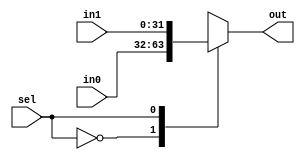
`timescale 1ns / 1ps
//////////////////////////////////////////////////////////////////////////////////
// Company: 
// Engineer: 
// 
// Design Name: 
// Module Name: MUX_1b
// Project Name: 
// Target Devices: 
// Tool Versions: 
// Description: 
// 
// Dependencies: 
// 
// Revision:
// Revision 0.01 - File Created
// Additional Comments:
// 
//////////////////////////////////////////////////////////////////////////////////


//1b-SELECT MUX (SIGNED)
module MUX_1b #(parameter WL=32)
(input signed[WL-1:0] in0, in1, input sel, output reg signed[WL-1:0] out);

    always @(*) begin
        case (sel)
            0: out <= in0;
            1: out <= in1;
            default: out <= in0;
        endcase
    end
endmodule